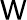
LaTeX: \sf{W}